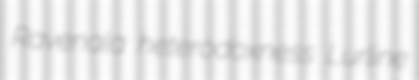
Ravenala heterodoxness Lurline